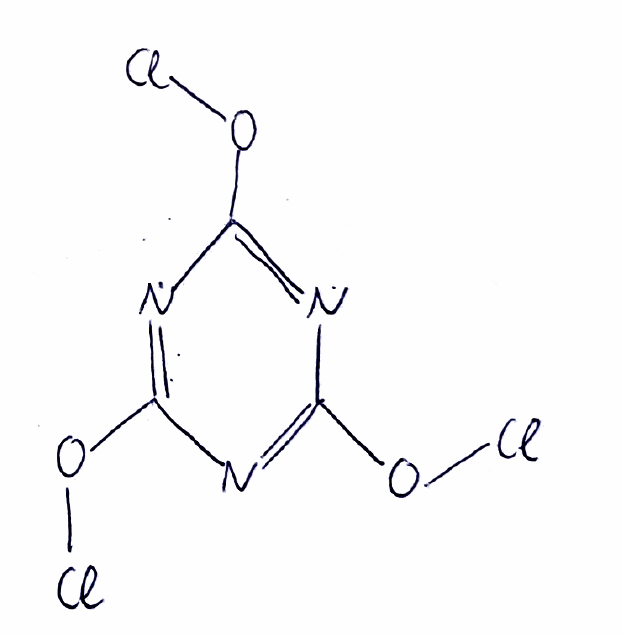
Simplified molecular-input line-entry system (SMILES) notation of the given molecule:
C1(=NC(=NC(=N1)OCl)OCl)OCl